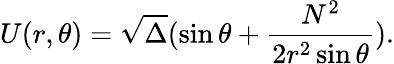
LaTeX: U(r,\theta)=\sqrt{\Delta}(\sin\theta+\frac{N^{2}}{2r^{2}\sin\theta}).